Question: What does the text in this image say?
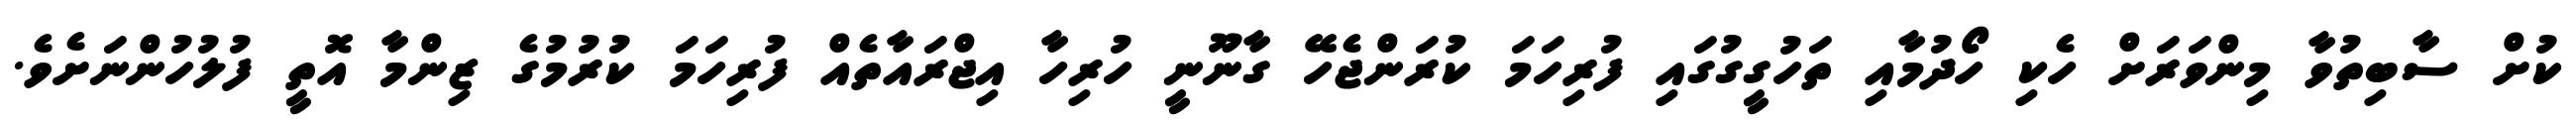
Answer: ކުށް ސާބިތުވާ މިންވަރަށް ހެކި ހޯދުމާއި ތަހުގީގުގައި ފުރިހަމަ ކުރަންޖެހޭ ގާނޫނީ ހުރިހާ އިޖްރައާތެއް ފުރިހަމަ ކުރުމުގެ ޒިންމާ އޮތީ ފުލުހުންނަށެވެ.